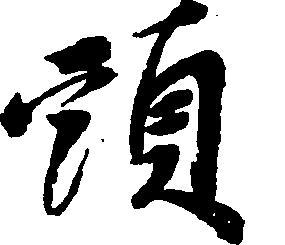
頭